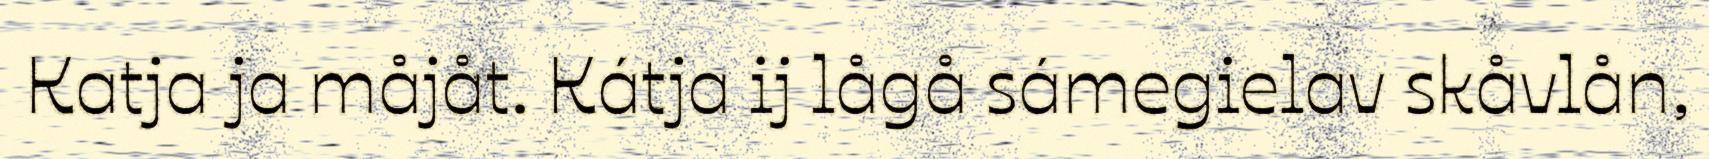
Katja ja måjåt. Kátja ij lågå sámegielav skåvlån,